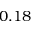
0 . 1 8